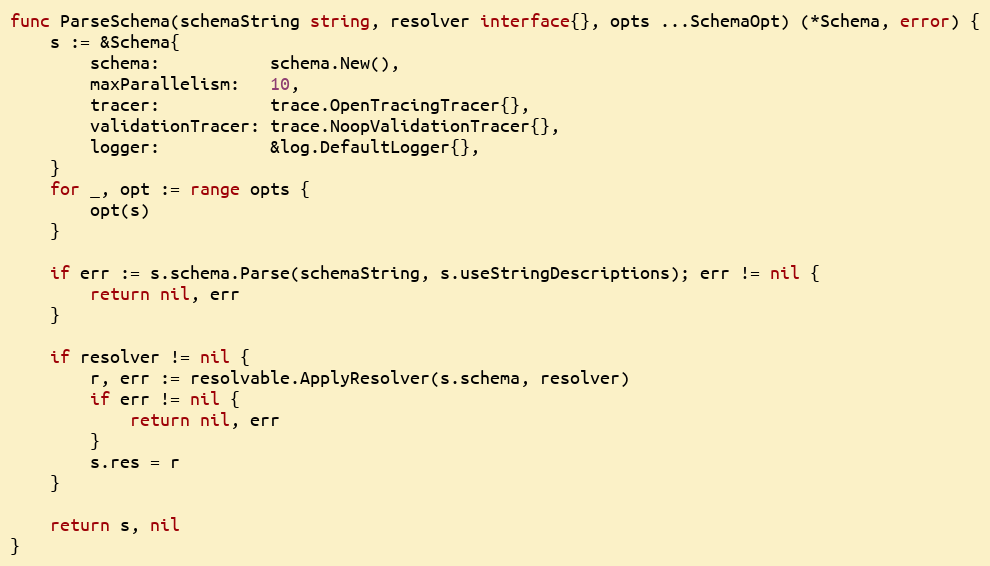
Language: Go
func ParseSchema(schemaString string, resolver interface{}, opts ...SchemaOpt) (*Schema, error) {
	s := &Schema{
		schema:           schema.New(),
		maxParallelism:   10,
		tracer:           trace.OpenTracingTracer{},
		validationTracer: trace.NoopValidationTracer{},
		logger:           &log.DefaultLogger{},
	}
	for _, opt := range opts {
		opt(s)
	}

	if err := s.schema.Parse(schemaString, s.useStringDescriptions); err != nil {
		return nil, err
	}

	if resolver != nil {
		r, err := resolvable.ApplyResolver(s.schema, resolver)
		if err != nil {
			return nil, err
		}
		s.res = r
	}

	return s, nil
}